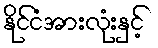
နိုင်ငံအားလုံးနှင့်